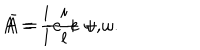
LaTeX: A = \frac { i } { l } e + \omega , \hspace { 1 0 m m } \bar { A } = - \frac { i } { l } e + \omega .